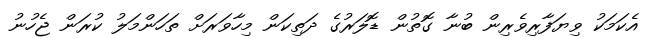
އެކަމަކު ވިޔަފާރިވެރިން ބުނާ ގޮތުން ޑޮލަރުގެ ދަތިކަން މިހާވަރަށް ތަހަންމަލު ކުރަން ޖެހުނު